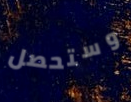
وستحصل